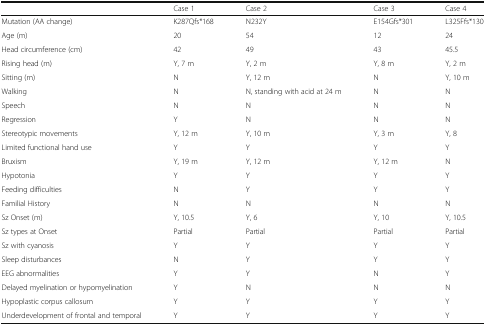
<table><thead><tr><td></td><td><b>Case 1</b></td><td><b>Case 2</b></td><td><b>Case 3</b></td><td><b>Case 4</b></td></tr></thead><tbody><tr><td>Mutation (AA change)</td><td>K287Qfs*168</td><td>N232Y</td><td>E154Gfs*301</td><td>L325Ffs*130</td></tr><tr><td>Age (m)</td><td>20</td><td>54</td><td>12</td><td>24</td></tr><tr><td>Head circumference (cm)</td><td>42</td><td>49</td><td>43</td><td>45.5</td></tr><tr><td>Rising head (m)</td><td>Y, 7 m</td><td>Y, 2 m</td><td>Y, 8 m</td><td>Y, 2 m</td></tr><tr><td>Sitting (m)</td><td>N</td><td>Y, 12 m</td><td>N</td><td>Y, 10 m</td></tr><tr><td>Walking</td><td>N</td><td>N, standing with acid at 24 m</td><td>N</td><td>N</td></tr><tr><td>Speech</td><td>N</td><td>N</td><td>N</td><td>N</td></tr><tr><td>Regression</td><td>Y</td><td>N</td><td>N</td><td>N</td></tr><tr><td>Stereotypic movements</td><td>Y, 12 m</td><td>Y, 10 m</td><td>Y, 3 m</td><td>Y, 8</td></tr><tr><td>Limited functional hand use</td><td>Y</td><td>Y</td><td>Y</td><td>Y</td></tr><tr><td>Bruxism</td><td>Y, 19 m</td><td>Y, 12 m</td><td>Y, 12 m</td><td>N</td></tr><tr><td>Hypotonia</td><td>Y</td><td>Y</td><td>Y</td><td>Y</td></tr><tr><td>Feeding difficulties</td><td>N</td><td>Y</td><td>Y</td><td>Y</td></tr><tr><td>Familial History</td><td>N</td><td>N</td><td>N</td><td>N</td></tr><tr><td>Sz Onset (m)</td><td>Y, 10.5</td><td>Y, 6</td><td>Y, 10</td><td>Y, 10.5</td></tr><tr><td>Sz types at Onset</td><td>Partial</td><td>Partial</td><td>Partial</td><td>Partial</td></tr><tr><td>Sz with cyanosis</td><td>Y</td><td>Y</td><td>Y</td><td>Y</td></tr><tr><td>Sleep disturbances</td><td>N</td><td>Y</td><td>Y</td><td>Y</td></tr><tr><td>EEG abnormalities</td><td>Y</td><td>Y</td><td>N</td><td>Y</td></tr><tr><td>Delayed myelination or hypomyelination</td><td>Y</td><td>N</td><td>N</td><td>N</td></tr><tr><td>Hypoplastic corpus callosum</td><td>Y</td><td>Y</td><td>Y</td><td>Y</td></tr><tr><td>Underdevelopment of frontal and temporal</td><td>Y</td><td>Y</td><td>Y</td><td>Y</td></tr></tbody></table>